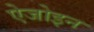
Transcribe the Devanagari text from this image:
ऐजोइन